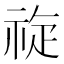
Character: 𱵑